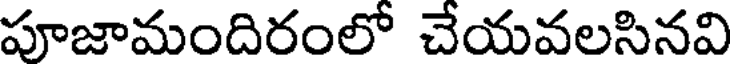
పూజామందిరంలో చేయవలసినవి